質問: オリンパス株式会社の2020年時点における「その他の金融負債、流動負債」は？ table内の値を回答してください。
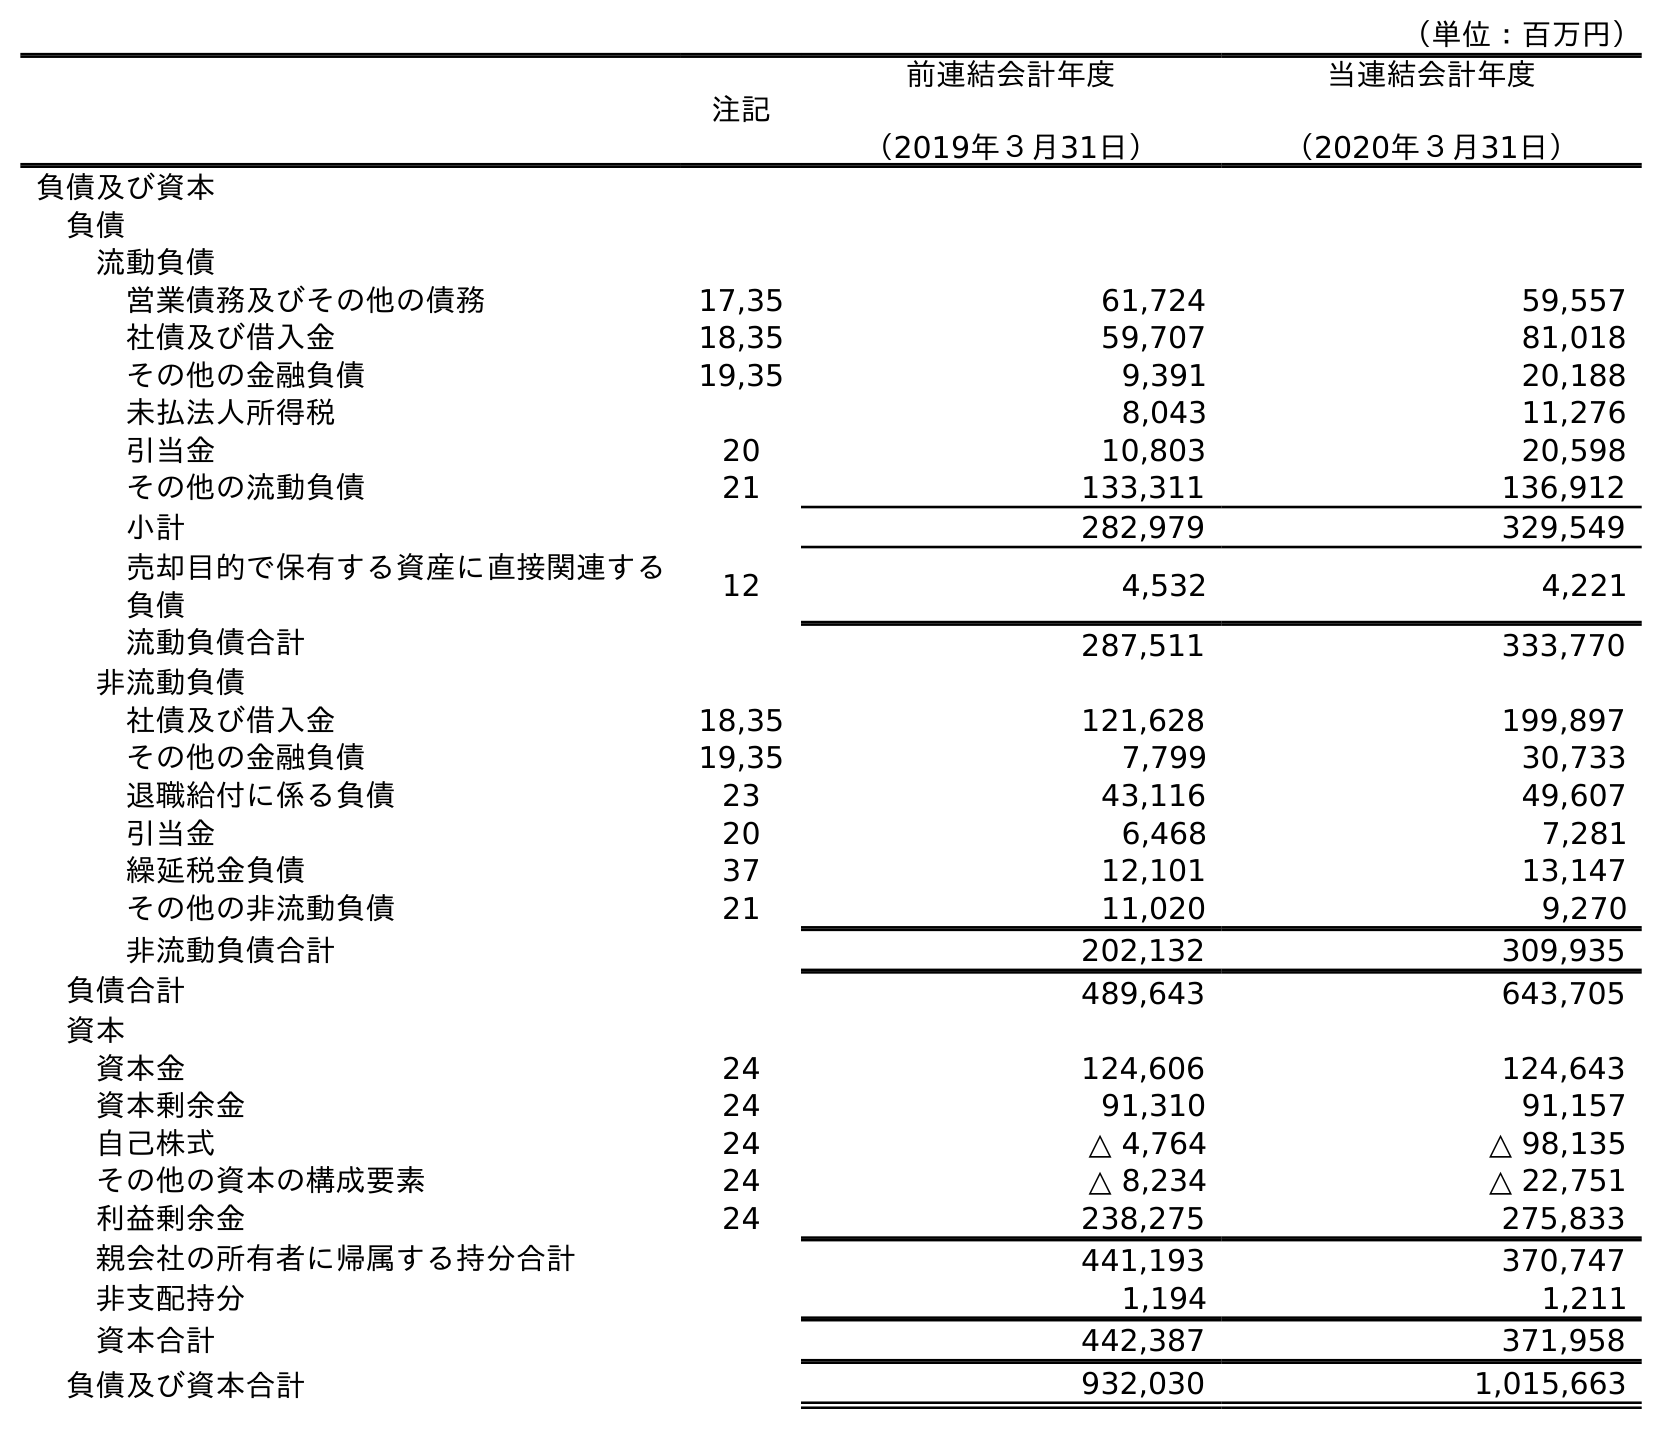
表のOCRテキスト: （単位：百万円） 注記 前連結会計年度 （2019年３月31日） 当連結会計年度 （2020年３月31日） 負債及び資本 負債 流動負債 営業債務及びその他の債務 17,35 61,724 59,557 社債及び借入金 18,35 59,707 81,018 その他の金融負債 19,35 9,391 20,188 未払法人所得税 8,043 11,276 引当金 20 10,803 20,598 その他の流動負債 21 133,311 136,912 小計 282,979 329,549 売却目的で保有する資産に直接関連する 負債 12 4,532 4,221 流動負債合計 287,511 333,770 非流動負債 社債及び借入金 18,35 121,628 199,897 その他の金融負債 19,35 7,799 30,733 退職給付に係る負債 23 43,116 49,607 引当金 20 6,468 7,281 繰延税金負債 37 12,101 13,147 その他の非流動負債 21 11,020 9,270 非流動負債合計 202,132 309,935 負債合計 489,643 643,705 資本 資本金 24 124,606 124,643 資本剰余金 24 91,310 91,157 自己株式 24 △ 4,764 △ 98,135 その他の資本の構成要素 24 △ 8,234 △ 22,751 利益剰余金 24 238,275 275,833 親会社の所有者に帰属する持分合計 441,193 370,747 非支配持分 1,194 1,211 資本合計 442,387 371,958 負債及び資本合計 932,030 1,015,663
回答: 20,188